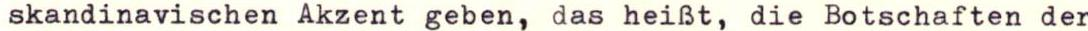
skandinavischen Akzent geben, das heißt, die Botschaften der